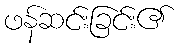
ဖန်ဆင်းခြင်း၏